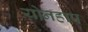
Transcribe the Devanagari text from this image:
योनहाप